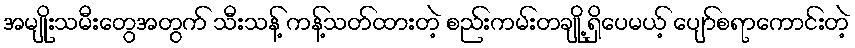
အမျိုးသမီးတွေအတွက် သီးသန့် ကန့်သတ်ထားတဲ့ စည်းကမ်းတချို့ ရှိပေမယ့် ပျော်စရာကောင်းတဲ့